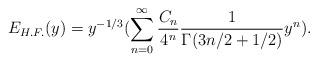
LaTeX: \begin{align*}E_{H.F.}(y)=y^{-1/3}(\sum_{n=0}^{\infty}{C_{n}\over4^n}{1\over\Gamma(3n/2+1/2)}y^n).\end{align*}